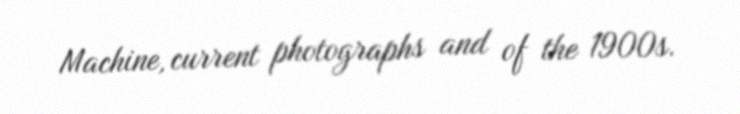
Machine, current photographs and of the 1900s.